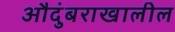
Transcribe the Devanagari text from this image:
औदुंबराखालील